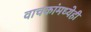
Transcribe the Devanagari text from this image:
वाचकांमध्येही